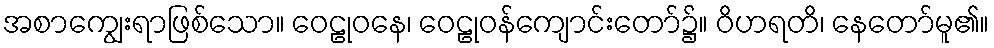
အစာကျွေးရာဖြစ်သော။ ဝေဠုဝနေ၊ ဝေဠုဝန်ကျောင်းတော်၌။ ဝိဟရတိ၊ နေတော်မူ၏။